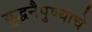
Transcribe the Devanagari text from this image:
युद्धनैपुण्याचे